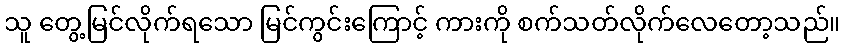
သူ တွေ့မြင်လိုက်ရသော မြင်ကွင်းကြောင့် ကားကို စက်သတ်လိုက်လေတော့သည်။